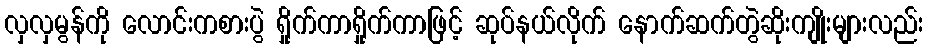
လှလှမွန်ကို လောင်းကစားပွဲ ရှိုက်ကာရှိုက်ကာဖြင့် ဆုပ်နယ်လိုက် နောက်ဆက်တွဲဆိုးကျိုးများလည်း